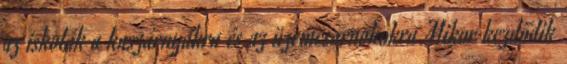
az iskolák a kaszárnyákra és az üzemcsarnokokra Mikor kezdődik